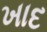
ખાદ